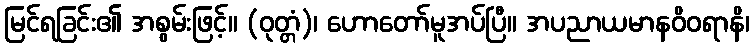
မြင်ရခြင်း၏ အစွမ်းဖြင့်။ (ဝုတ္တံ)၊ ဟောတော်မူအပ်ပြီ။ အပညာယမာနဝိဝရာနိ၊